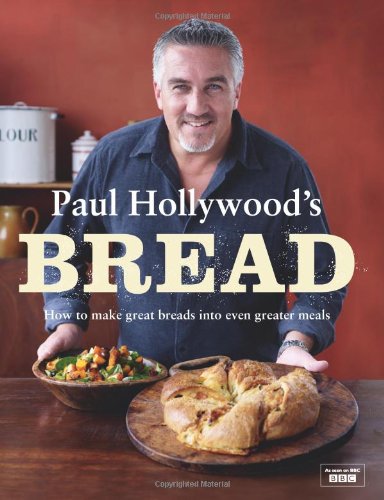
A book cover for Paul Hollywood's Bread; Paul Hollywood; Cookbooks, Food & Wine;